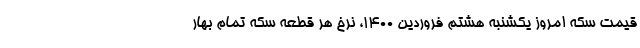
قیمت سکه امروز یکشنبه هشتم فروردین ۱۴۰۰، نرخ هر قطعه سکه تمام بهار